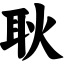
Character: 耿